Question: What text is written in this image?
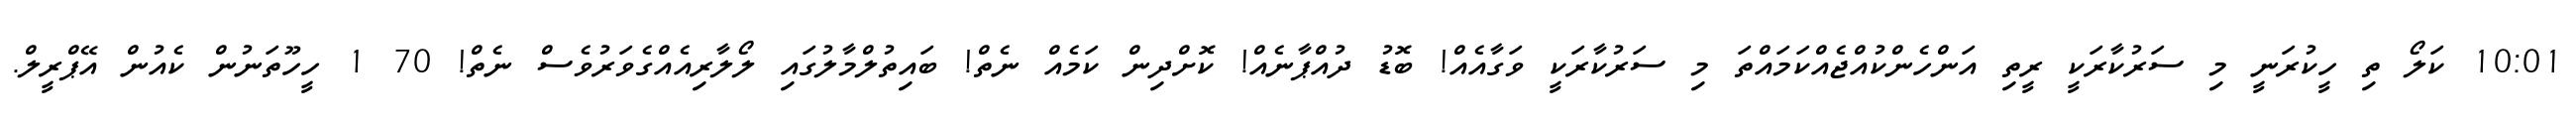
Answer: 10:01 ކަލޯ ތި ހީކުރަނީ މި ސަރުކާރަކީ ރީތި އަންހެންކުއްޖެއްކަމައްތަ މި ސަރުކާރަކީ ވަގާއެއް! ބޮޑު ދުއްޕާނެއް! ކޮށްދިން ކަމެއް ނެތް! ބައިތުލްމާލުގައި ލޯލާރިއެއްގެވަރުވެސް ނެތް! 70 1 ހީހޫތަނުން ކެއުން އޭޕްރީލް.